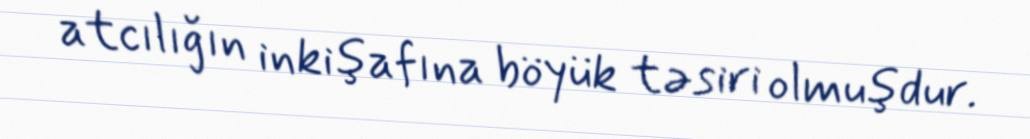
atcılığın inkişafına böyük təsiri olmuşdur.